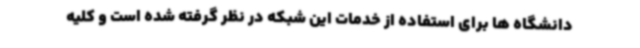
دانشگاه ها برای استفاده از خدمات این شبکه در نظر گرفته شده است و کلیه